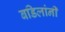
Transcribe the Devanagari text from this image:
बडिलांनी